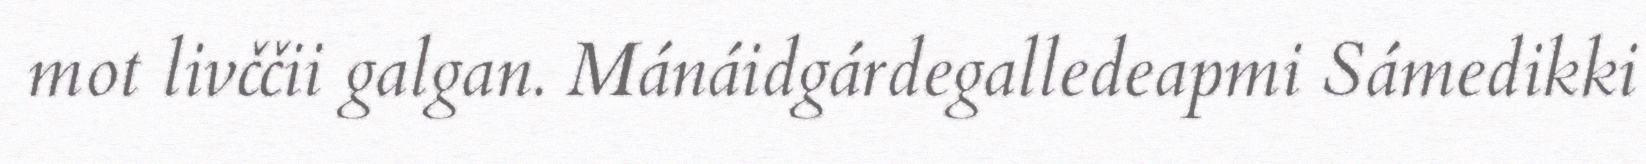
mot livččii galgan. Mánáidgárdegalledeapmi Sámedikki